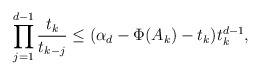
\begin{align*}\prod_{j = 1}^{d - 1}\frac{t_k}{t_{k - j}} \leq (\alpha_d - \Phi(A_k) - t_k)t_k^{d - 1},\end{align*}